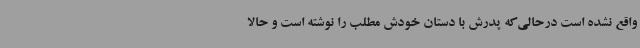
واقع نشده است درحالی‌که پدرش با دستان خودش مطلب را نوشته است و حالا